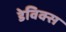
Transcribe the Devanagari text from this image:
डेविक्स